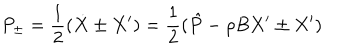
P _ { \pm } = \frac { 1 } { 2 } ( \dot { X } \pm X ^ { \prime } ) = \frac { 1 } { 2 } ( \hat { P } - \rho B X ^ { \prime } \pm X ^ { \prime } )